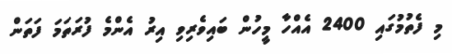
މި ފެތުމުގައި 2400 އެއްހާ މީހުން ބައިވެރިވި އިރު އެންމެ ފުރަތަމަ ފަތަން